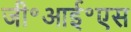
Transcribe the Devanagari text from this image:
जी॰आई॰एस